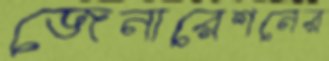
জেনারেশনের